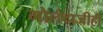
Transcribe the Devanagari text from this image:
गोलंदाजीही